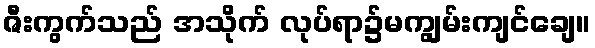
ဇီးကွက်သည် အသိုက် လုပ်ရာ၌မကျွမ်းကျင်ချေ။